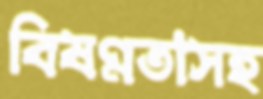
বিষণ্নতাসহ